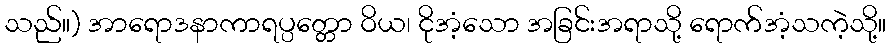
သည်။) အာရောဒနာကာရပ္ပတ္တော ဝိယ၊ ငိုအံ့သော အခြင်းအရာသို့ ရောက်အံ့သကဲ့သို့။